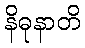
နိဓုနာတိ